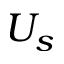
U _ { s }